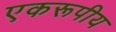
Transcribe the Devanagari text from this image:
एकरूपीय